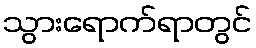
သွားရောက်ရာတွင်